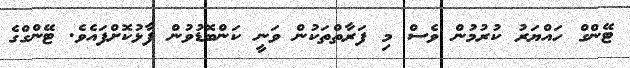
ޓޭންގް ހައްޔަރު ކުރުމުން ވެސް މި ފަރާތްތަކުން ވަނީ ކަންބޮޑުވުން ފާޅުކޮށްފައެވެ. ޓޭންގްގެ